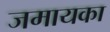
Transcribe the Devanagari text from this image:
जमायका